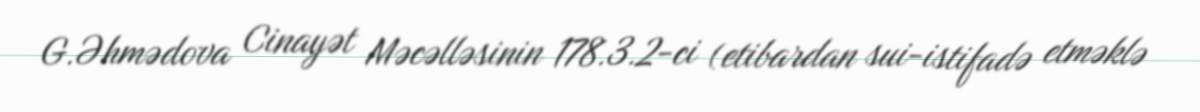
G.Əhmədova Cinayət Məcəlləsinin 178.3.2-ci (etibardan sui-istifadə etməklə